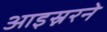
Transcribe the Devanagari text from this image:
आइस्नरने